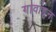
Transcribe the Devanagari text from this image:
गावांहून